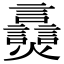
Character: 𬋠